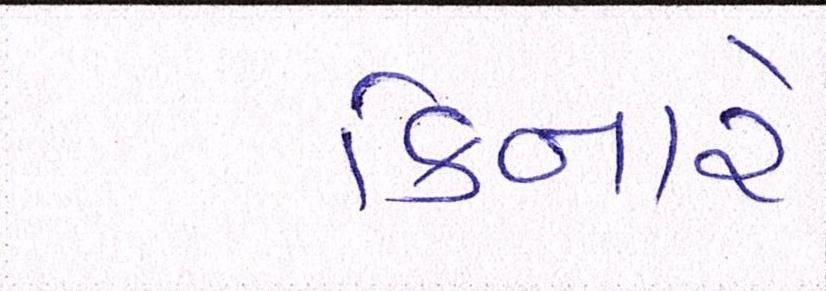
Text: કિનારે